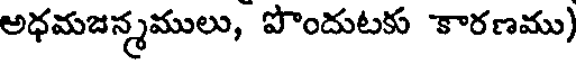
అధమజన్మములు, పొందుటకు కారణము)